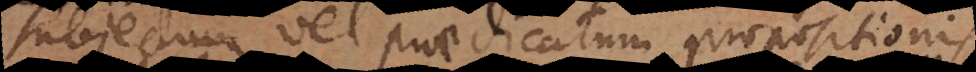
subjectum vel praedicatum propositionis